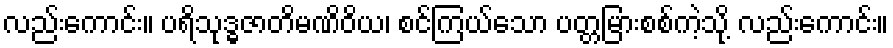
လည်းကောင်း။ ပရိသုဒ္ဓဇာတိမဏိဝိယ၊ စင်ကြယ်သော ပတ္တမြားစစ်ကဲ့သို့ လည်းကောင်း။